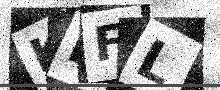
Text: KRFL